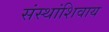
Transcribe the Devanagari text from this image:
संस्थांशिवाय